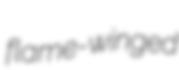
flame-winged